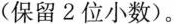
(保留2位小数)。